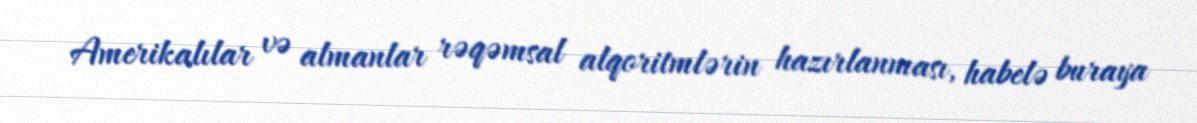
Amerikalılar və almanlar rəqəmsal alqoritmlərin hazırlanması, habelə buraya